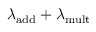
\lambda _ { \mathrm { a d d } } + \lambda _ { \mathrm { m u l t } }